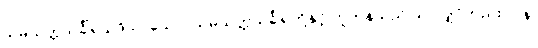
သမ္ပယုတ္တသင်္ခါရသဒိသာယေဝ၊ သမ္ပယုတ္တသင်္ခါရတို့နှင့် တူကုန်သည် သာလျှင်တည်း။ ပန၊